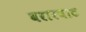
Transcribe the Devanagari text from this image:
बरारघाट